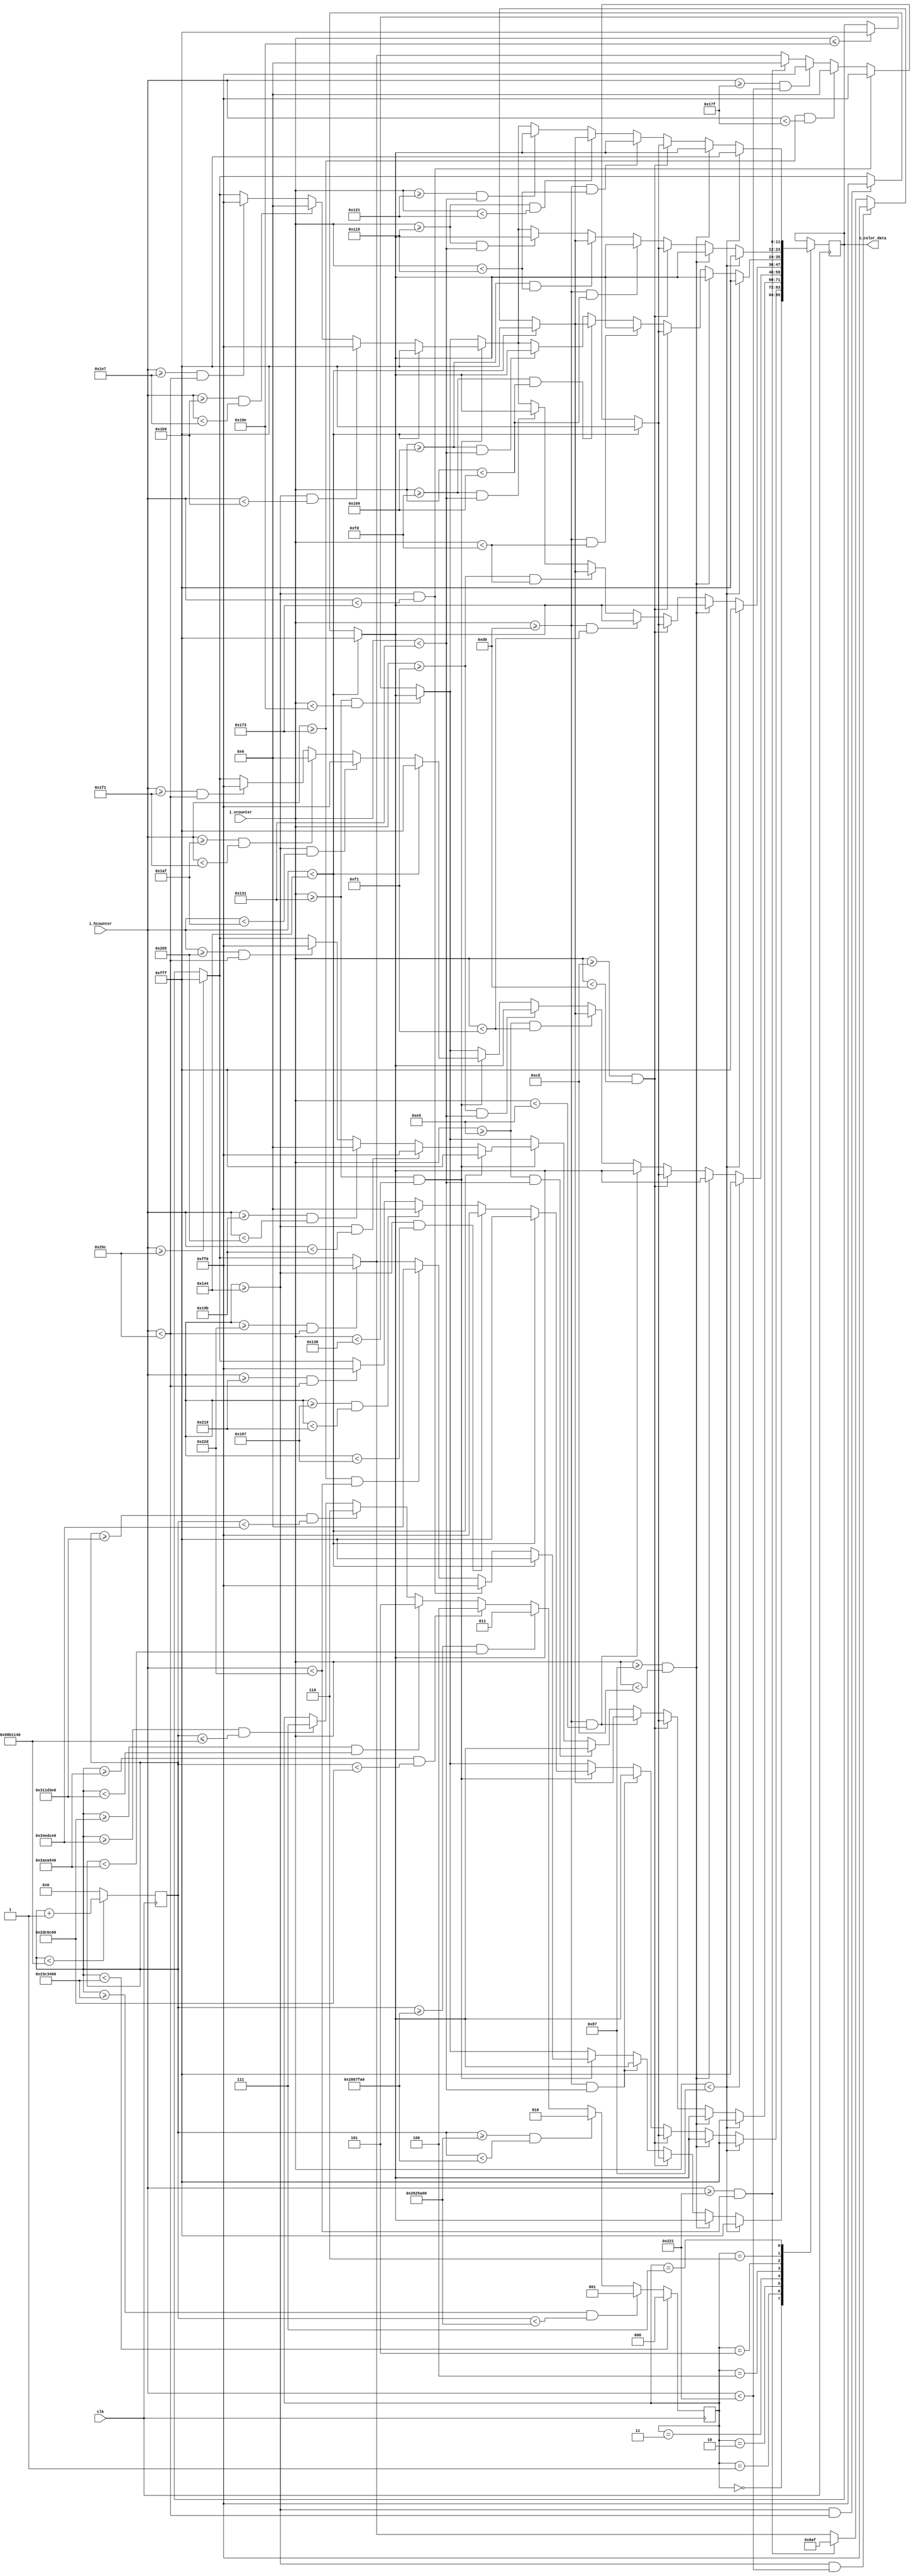
`timescale 1ns / 1ps
//////////////////////////////////////////////////////////////////////////////////
// Company: 
// Engineer: 
// 
// Design Name: 
// Module Name: sad
// Project Name: Emoji_Animation
// Target Devices: 
// Tool Versions: 
// Description: sad face animation
// 
// Dependencies: 25 MHz input clk
// 
// Revision:
// Revision 0.01 - File Created
// Additional Comments:
// 
//////////////////////////////////////////////////////////////////////////////////


module sad(
	input clk,                  // 25MHz
	input [9:0] i_hcounter,     // horizontal pixel counter
	input [9:0] i_vcounter,     // vertical pixel counter
	output [11:0] o_color_data  // color data bus
	);
	
	reg [31:0] clk_counter = 0;    // for keeping track of how long the frame is active
	reg [2:0] FRAME = 0;           // State
	reg [11:0] r_color = 12'h000;  // color of pixel (4 bits red, 4 bits green, 4 bits blue -- in that order)
	
	assign o_color_data = r_color;
	
  // each emoji animation has a number of frames (different from fps frames)
	localparam FRAME_1 = 3'b000;
	localparam FRAME_2 = 3'b001;
	localparam FRAME_3 = 3'b010;
	localparam FRAME_4 = 3'b011;
  localparam FRAME_5 = 3'b100;
  localparam FRAME_6 = 3'b101;
  localparam FRAME_7 = 3'b110;
  localparam FRAME_8 = 3'b111;
  
  // time in clock cycles to hold each frame still
  localparam FRAME_1_time = 37500000; // 0.5 sec
  localparam FRAME_2_time = 2500000; // 100 ms
  localparam FRAME_3_time = 2500000; // 100 ms
  localparam FRAME_4_time = 2500000; // 100 ms
  localparam FRAME_5_time = 3000000; 
  localparam FRAME_6_time = 3500000; 
  localparam FRAME_7_time = 4000000;
  localparam FRAME_8_time = 37500000; // 0.5 sec
  
  // total time in clock cycles of animation 
  localparam FRAME_total_time = FRAME_1_time + FRAME_2_time + FRAME_3_time + FRAME_4_time + FRAME_5_time + FRAME_6_time + FRAME_7_time + FRAME_8_time;
  
  // basic colors used in the animation
  localparam yellow = 12'hFF0;
  localparam black = 12'h000;
  localparam white = 12'hFFF;
  localparam blue = 12'h8AF;
	
  //////////////////////////////////////////////////////////////////////////////
  // frame timing
	always @ (posedge clk)
		begin 
			if (clk_counter < FRAME_total_time)
				clk_counter <= clk_counter + 1;
			else 
				clk_counter <= 0;
		end 
		
	always @ (posedge clk) 
		begin 
			if (clk_counter < FRAME_1_time)  
				FRAME <= FRAME_1;
			else if (clk_counter >= FRAME_1_time && clk_counter < (FRAME_1_time + FRAME_2_time)) 
				FRAME <= FRAME_2;
			else if (clk_counter >= (FRAME_1_time + FRAME_2_time) && clk_counter < (FRAME_1_time + FRAME_2_time + FRAME_3_time))  
				FRAME <= FRAME_3;
			else if (clk_counter >= (FRAME_1_time + FRAME_2_time + FRAME_3_time) && clk_counter < (FRAME_1_time + FRAME_2_time + FRAME_3_time + FRAME_4_time))
				FRAME <= FRAME_4;
      else if (clk_counter >= (FRAME_1_time + FRAME_2_time + FRAME_3_time + FRAME_4_time) && clk_counter < (FRAME_1_time + FRAME_2_time + FRAME_3_time + FRAME_4_time + FRAME_5_time))
				FRAME <= FRAME_5;
      else if (clk_counter >= (FRAME_1_time + FRAME_2_time + FRAME_3_time + FRAME_4_time + FRAME_5_time) && clk_counter < (FRAME_1_time + FRAME_2_time + FRAME_3_time + FRAME_4_time + FRAME_5_time + FRAME_6_time))
				FRAME <= FRAME_6;
      else if (clk_counter >= (FRAME_1_time + FRAME_2_time + FRAME_3_time + FRAME_4_time + FRAME_5_time + FRAME_6_time) && clk_counter < (FRAME_1_time + FRAME_2_time + FRAME_3_time + FRAME_4_time + FRAME_5_time + FRAME_6_time + FRAME_7_time))
				FRAME <= FRAME_7;
      else if (clk_counter >= (FRAME_1_time + FRAME_2_time + FRAME_3_time + FRAME_4_time + FRAME_5_time + FRAME_6_time + FRAME_7_time) && clk_counter <= (FRAME_total_time))
				FRAME <= FRAME_8;
		end 
  // end frame timing
  
  ///////////////////////////////////////////////////////////////////////////////
  // Frame state machine
	always @ (posedge clk)
		begin 
			case (FRAME)
				FRAME_1 : 
					begin 
						// SECTION 1.1 (TOP OF SCREEN)
						if (i_vcounter < 135)             
								r_color <= white;
						// END SECTION 1.1 (TOP OF SCREEN)
						
						// SECTION 1.2 (FOREHEAD)
						else if (i_vcounter >= 135 && i_vcounter < 205)
							begin 
								if (i_hcounter < 324) 
									r_color <= white;  
								else if (i_hcounter >= 324 && i_hcounter < 604) 
									r_color <= yellow;
								else if (i_hcounter >= 604)
									r_color <= white; 
							end  
						// END SECTION 1.2 (FOREHEAD)
						
						// SECTION 1.3 (EYES)
						else if (i_vcounter >= 205 && i_vcounter < 217)
							begin 
								if (i_hcounter < 324)
									r_color <= white;
								else if (i_hcounter >= 324 && i_hcounter < 371)
									r_color <= yellow;
								else if (i_hcounter >= 371 && i_hcounter < 383)
									r_color <= black;
								else if (i_hcounter >= 383 && i_hcounter < 545)
									r_color <= yellow;
								else if (i_hcounter >= 545 && i_hcounter < 557)
									r_color <= black; 
								else if (i_hcounter >= 557 && i_hcounter < 604)
									r_color <= yellow;
								else if (i_hcounter >= 604)
									r_color <= white;
							end  
						// END SECTION 1.3 (EYES)
						
						// SECTION 1.4 (MIDDLE OF FACE)
						else if (i_vcounter >= 217 && i_vcounter < 305)
							begin
								if (i_hcounter < 324)
									r_color <= white;
								else if (i_hcounter >= 324 && i_hcounter < 604)
									r_color <= yellow;
								else if (i_hcounter >= 604)
									r_color <= white;
							end 
						// END SECTION 1.4 (MIDDLE OF FACE)
						
						// SECTION 1.5 (MOUTH)
						else if (i_vcounter >= 305 && i_vcounter < 310)
							begin
								if (i_hcounter < 324)
									r_color <= white;
								else if (i_hcounter >= 324 && i_hcounter < 371)
									r_color <= yellow;
								else if (i_hcounter >= 371 && i_hcounter < 557)
									r_color <= black;
								else if (i_hcounter >= 557 && i_hcounter < 604)
									r_color <= yellow;
								else if (i_hcounter >= 604)
									r_color <= white;
							end  
						// END SECTION 1.5 (MOUTH)
						
						// SECTION 1.6 (CHIN)
						else if (i_vcounter >= 305 && i_vcounter < 414)
							begin
								if (i_hcounter < 324)
									r_color <= white;
								else if (i_hcounter >= 324 && i_hcounter < 604)
									r_color <= yellow;
								else if (i_hcounter >= 604)
									r_color <= white;
							end  
						// END SECTION 1.6 (CHIN)
						
						// SECTION 1.7 (BOTTOM OF SCREEN)
						else if (i_vcounter <= 414)
							r_color <= white;
						// END SECTION 1.7 (BOTTOM OF SCREEN)
					end  // FRAME_1
          
        FRAME_2 : 
					begin 
						// SECTION 2.1 (TOP OF SCREEN)
						if (i_vcounter < 135)             
								r_color <= white;
						// END SECTION 2.1 (TOP OF SCREEN)
						
						// SECTION 2.2 (FOREHEAD)
						else if (i_vcounter >= 135 && i_vcounter < 205)
							begin 
								if (i_hcounter < 324) 
									r_color <= white;  
								else if (i_hcounter >= 324 && i_hcounter < 604) 
									r_color <= yellow;
								else if (i_hcounter >= 604)
									r_color <= white; 
							end  
						// END SECTION 2.2 (FOREHEAD)
						
						// SECTION 2.3 (EYES)
						else if (i_vcounter >= 205 && i_vcounter < 217)
							begin 
								if (i_hcounter < 324)
									r_color <= white;
								else if (i_hcounter >= 324 && i_hcounter < 371)
									r_color <= yellow;
								else if (i_hcounter >= 371 && i_hcounter < 383)
									r_color <= black;
								else if (i_hcounter >= 383 && i_hcounter < 545)
									r_color <= yellow;
								else if (i_hcounter >= 545 && i_hcounter < 557)
									r_color <= black; 
								else if (i_hcounter >= 557 && i_hcounter < 604)
									r_color <= yellow;
								else if (i_hcounter >= 604)
									r_color <= white;
							end  
						// END SECTION 2.3 (EYES)
						
						// SECTION 2.4 (MIDDLE OF FACE)
						else if (i_vcounter >= 217 && i_vcounter < 305)
							begin
								if (i_hcounter < 324)
									r_color <= white;
								else if (i_hcounter >= 324 && i_hcounter < 604)
									r_color <= yellow;
								else if (i_hcounter >= 604)
									r_color <= white;
							end 
						// END SECTION 2.4 (MIDDLE OF FACE)
						
						// SECTION 2.5 (MOUTH)
						else if (i_vcounter >= 305 && i_vcounter < 310)
							begin
								if (i_hcounter < 324)
									r_color <= white;
								else if (i_hcounter >= 324 && i_hcounter < 391)
									r_color <= yellow;
								else if (i_hcounter >= 391 && i_hcounter < 537)
									r_color <= black;
								else if (i_hcounter >= 537 && i_hcounter < 604)
									r_color <= yellow;
								else if (i_hcounter >= 604)
									r_color <= white;
							end  
						// END SECTION 2.5 (MOUTH)
						
						// SECTION 2.6 (CHIN)
						else if (i_vcounter >= 305 && i_vcounter < 414)
							begin
								if (i_hcounter < 324)
									r_color <= white;
								else if (i_hcounter >= 324 && i_hcounter < 604)
									r_color <= yellow;
								else if (i_hcounter >= 604)
									r_color <= white;
							end  
						// END SECTION 2.6 (CHIN)
						
						// SECTION 2.7 (BOTTOM OF SCREEN)
						else if (i_vcounter <= 414)
							r_color <= white;
						// END SECTION 2.7 (BOTTOM OF SCREEN)
					end  // FRAME_2
          
          FRAME_3 : 
					begin 
						// SECTION 3.1 (TOP OF SCREEN)
						if (i_vcounter < 135)             
								r_color <= white;
						// END SECTION 3.1 (TOP OF SCREEN)
						
						// SECTION 3.2 (FOREHEAD)
						else if (i_vcounter >= 135 && i_vcounter < 205)
							begin 
								if (i_hcounter < 324) 
									r_color <= white;  
								else if (i_hcounter >= 324 && i_hcounter < 604) 
									r_color <= yellow;
								else if (i_hcounter >= 604)
									r_color <= white; 
							end  
						// END SECTION 3.2 (FOREHEAD)
						
						// SECTION 3.3 (EYES)
						else if (i_vcounter >= 205 && i_vcounter < 217)
							begin 
								if (i_hcounter < 324)
									r_color <= white;
								else if (i_hcounter >= 324 && i_hcounter < 371)
									r_color <= yellow;
								else if (i_hcounter >= 371 && i_hcounter < 383)
									r_color <= black;
								else if (i_hcounter >= 383 && i_hcounter < 545)
									r_color <= yellow;
								else if (i_hcounter >= 545 && i_hcounter < 557)
									r_color <= black; 
								else if (i_hcounter >= 557 && i_hcounter < 604)
									r_color <= yellow;
								else if (i_hcounter >= 604)
									r_color <= white;
							end  
						// END SECTION 3.3 (EYES)
            
            // SECTION 3.4 (TEAR)
            else if (i_vcounter >= 217 && i_vcounter < 229)
              begin 
                if (i_hcounter < 324)
                  r_color <= white;
                else if (i_hcounter >= 324 && i_hcounter < 545)
                  r_color <= yellow;
                else if (i_hcounter >= 545 && i_hcounter < 557)
                  r_color <= blue;
                else if (i_hcounter >= 557 && i_hcounter < 604)
									r_color <= yellow;
								else if (i_hcounter >= 604)
									r_color <= white;
              end 
            // END SECTION 3.4 (TEAR)
						
						// SECTION 3.5 (MIDDLE OF FACE)
						else if (i_vcounter >= 229 && i_vcounter < 305)
							begin
								if (i_hcounter < 324)
									r_color <= white;
								else if (i_hcounter >= 324 && i_hcounter < 604)
									r_color <= yellow;
								else if (i_hcounter >= 604)
									r_color <= white;
							end 
						// END SECTION 3.5 (MIDDLE OF FACE)
						
						// SECTION 3.6 (MOUTH)
						else if (i_vcounter >= 305 && i_vcounter < 310)
							begin
								if (i_hcounter < 324)
									r_color <= white;
								else if (i_hcounter >= 324 && i_hcounter < 411)
									r_color <= yellow;
								else if (i_hcounter >= 411 && i_hcounter < 517)
									r_color <= black;
								else if (i_hcounter >= 517 && i_hcounter < 604)
									r_color <= yellow;
								else if (i_hcounter >= 604)
									r_color <= white;
							end  
						// END SECTION 3.6 (MOUTH)
						
						// SECTION 3.7 (CHIN)
						else if (i_vcounter >= 305 && i_vcounter < 414)
							begin
								if (i_hcounter < 324)
									r_color <= white;
								else if (i_hcounter >= 324 && i_hcounter < 604)
									r_color <= yellow;
								else if (i_hcounter >= 604)
									r_color <= white;
							end  
						// END SECTION 3.7 (CHIN)
						
						// SECTION 3.8 (BOTTOM OF SCREEN)
						else if (i_vcounter <= 414)
							r_color <= white;
						// END SECTION 3.8 (BOTTOM OF SCREEN)
					end  // FRAME_3
          
          FRAME_4 : 
					begin 
						// SECTION 4.1 (TOP OF SCREEN)
						if (i_vcounter < 135)             
								r_color <= white;
						// END SECTION 4.1 (TOP OF SCREEN)
						
						// SECTION 4.2 (FOREHEAD)
						else if (i_vcounter >= 135 && i_vcounter < 205)
							begin 
								if (i_hcounter < 324) 
									r_color <= white;  
								else if (i_hcounter >= 324 && i_hcounter < 604) 
									r_color <= yellow;
								else if (i_hcounter >= 604)
									r_color <= white; 
							end  
						// END SECTION 4.2 (FOREHEAD)
						
						// SECTION 4.3 (EYES)
						else if (i_vcounter >= 205 && i_vcounter < 217)
							begin 
								if (i_hcounter < 324)
									r_color <= white;
								else if (i_hcounter >= 324 && i_hcounter < 371)
									r_color <= yellow;
								else if (i_hcounter >= 371 && i_hcounter < 383)
									r_color <= black;
								else if (i_hcounter >= 383 && i_hcounter < 545)
									r_color <= yellow;
								else if (i_hcounter >= 545 && i_hcounter < 557)
									r_color <= black; 
								else if (i_hcounter >= 557 && i_hcounter < 604)
									r_color <= yellow;
								else if (i_hcounter >= 604)
									r_color <= white;
							end  
						// END SECTION 4.3 (EYES)
            
            // SECTION 4.4 (PART OF FACE ABOVE TEAR)
            else if (i_vcounter >= 217 && i_vcounter < 229)
              begin
								if (i_hcounter < 324)
									r_color <= white;
								else if (i_hcounter >= 324 && i_hcounter < 604)
									r_color <= yellow;
								else if (i_hcounter >= 604)
									r_color <= white;
							end 
            // END SECTION 4.4 (PART OF FACE ABOVE TEAR)  
            
            // SECTION 4.5 (TEAR)
            else if (i_vcounter >= 229 && i_vcounter < 241)
              begin 
                if (i_hcounter < 324)
                  r_color <= white;
                else if (i_hcounter >= 324 && i_hcounter < 545)
                  r_color <= yellow;
                else if (i_hcounter >= 545 && i_hcounter < 557)
                  r_color <= blue;
                else if (i_hcounter >= 557 && i_hcounter < 604)
									r_color <= yellow;
								else if (i_hcounter >= 604)
									r_color <= white;
              end 
            // END SECTION 4.5 (TEAR)
						
						// SECTION 4.6 (MIDDLE OF FACE)
						else if (i_vcounter >= 241 && i_vcounter < 305)
							begin
								if (i_hcounter < 324)
									r_color <= white;
								else if (i_hcounter >= 324 && i_hcounter < 604)
									r_color <= yellow;
								else if (i_hcounter >= 604)
									r_color <= white;
							end 
						// END SECTION 4.6 (MIDDLE OF FACE)
						
						// SECTION 4.7 (MOUTH)
						else if (i_vcounter >= 305 && i_vcounter < 310)
							begin
								if (i_hcounter < 324)
									r_color <= white;
								else if (i_hcounter >= 324 && i_hcounter < 431)
									r_color <= yellow;
								else if (i_hcounter >= 431 && i_hcounter < 497)
									r_color <= black;
								else if (i_hcounter >= 497 && i_hcounter < 604)
									r_color <= yellow;
								else if (i_hcounter >= 604)
									r_color <= white;
							end  
						// END SECTION 4.7 (MOUTH)
						
						// SECTION 4.8 (CHIN)
						else if (i_vcounter >= 305 && i_vcounter < 414)
							begin
								if (i_hcounter < 324)
									r_color <= white;
								else if (i_hcounter >= 324 && i_hcounter < 604)
									r_color <= yellow;
								else if (i_hcounter >= 604)
									r_color <= white;
							end  
						// END SECTION 4.8 (CHIN)
						
						// SECTION 4.9 (BOTTOM OF SCREEN)
						else if (i_vcounter <= 414)
							r_color <= white;
						// END SECTION 4.9 (BOTTOM OF SCREEN)
					end  // FRAME_4
          
          FRAME_5 : 
					begin 
						// SECTION 5.1 (TOP OF SCREEN)
						if (i_vcounter < 135)             
								r_color <= white;
						// END SECTION 5.1 (TOP OF SCREEN)
						
						// SECTION 5.2 (FOREHEAD)
						else if (i_vcounter >= 135 && i_vcounter < 205)
							begin 
								if (i_hcounter < 324) 
									r_color <= white;  
								else if (i_hcounter >= 324 && i_hcounter < 604) 
									r_color <= yellow;
								else if (i_hcounter >= 604)
									r_color <= white; 
							end  
						// END SECTION 5.2 (FOREHEAD)
						
						// SECTION 5.3 (EYES)
						else if (i_vcounter >= 205 && i_vcounter < 217)
							begin 
								if (i_hcounter < 324)
									r_color <= white;
								else if (i_hcounter >= 324 && i_hcounter < 371)
									r_color <= yellow;
								else if (i_hcounter >= 371 && i_hcounter < 383)
									r_color <= black;
								else if (i_hcounter >= 383 && i_hcounter < 545)
									r_color <= yellow;
								else if (i_hcounter >= 545 && i_hcounter < 557)
									r_color <= black; 
								else if (i_hcounter >= 557 && i_hcounter < 604)
									r_color <= yellow;
								else if (i_hcounter >= 604)
									r_color <= white;
							end  
						// END SECTION 5.3 (EYES)
            
            // SECTION 5.4 (PART OF FACE ABOVE TEAR)
            else if (i_vcounter >= 217 && i_vcounter < 241)
              begin
								if (i_hcounter < 324)
									r_color <= white;
								else if (i_hcounter >= 324 && i_hcounter < 604)
									r_color <= yellow;
								else if (i_hcounter >= 604)
									r_color <= white;
							end 
            // END SECTION 5.4 (PART OF FACE ABOVE TEAR)  
            
            // SECTION 5.5 (TEAR)
            else if (i_vcounter >= 241 && i_vcounter < 253)
              begin 
                if (i_hcounter < 324)
                  r_color <= white;
                else if (i_hcounter >= 324 && i_hcounter < 545)
                  r_color <= yellow;
                else if (i_hcounter >= 545 && i_hcounter < 557)
                  r_color <= blue;
                else if (i_hcounter >= 557 && i_hcounter < 604)
									r_color <= yellow;
								else if (i_hcounter >= 604)
									r_color <= white;
              end 
            // END SECTION 5.5 (TEAR)
						
						// SECTION 5.6 (MIDDLE OF FACE)
						else if (i_vcounter >= 253 && i_vcounter < 305)
							begin
								if (i_hcounter < 324)
									r_color <= white;
								else if (i_hcounter >= 324 && i_hcounter < 604)
									r_color <= yellow;
								else if (i_hcounter >= 604)
									r_color <= white;
							end 
						// END SECTION 5.6 (MIDDLE OF FACE)
						
						// SECTION 5.7 (MOUTH)
						else if (i_vcounter >= 305 && i_vcounter < 310)
							begin
								if (i_hcounter < 324)
									r_color <= white;
								else if (i_hcounter >= 324 && i_hcounter < 441)
									r_color <= yellow;
								else if (i_hcounter >= 441 && i_hcounter < 487)
									r_color <= black;
								else if (i_hcounter >= 487 && i_hcounter < 604)
									r_color <= yellow;
								else if (i_hcounter >= 604)
									r_color <= white;
							end  
						// END SECTION 5.7 (MOUTH)
						
						// SECTION 5.8 (CHIN)
						else if (i_vcounter >= 305 && i_vcounter < 414)
							begin
								if (i_hcounter < 324)
									r_color <= white;
								else if (i_hcounter >= 324 && i_hcounter < 604)
									r_color <= yellow;
								else if (i_hcounter >= 604)
									r_color <= white;
							end  
						// END SECTION 5.8 (CHIN)
						
						// SECTION 5.9 (BOTTOM OF SCREEN)
						else if (i_vcounter <= 414)
							r_color <= white;
						// END SECTION 5.9 (BOTTOM OF SCREEN)
					end  // FRAME_5
          
          FRAME_6 : 
					begin 
						// SECTION 6.1 (TOP OF SCREEN)
						if (i_vcounter < 135)             
								r_color <= white;
						// END SECTION 6.1 (TOP OF SCREEN)
						
						// SECTION 6.2 (FOREHEAD)
						else if (i_vcounter >= 135 && i_vcounter < 205)
							begin 
								if (i_hcounter < 324) 
									r_color <= white;  
								else if (i_hcounter >= 324 && i_hcounter < 604) 
									r_color <= yellow;
								else if (i_hcounter >= 604)
									r_color <= white; 
							end  
						// END SECTION 6.2 (FOREHEAD)
						
						// SECTION 6.3 (EYES)
						else if (i_vcounter >= 205 && i_vcounter < 217)
							begin 
								if (i_hcounter < 324)
									r_color <= white;
								else if (i_hcounter >= 324 && i_hcounter < 371)
									r_color <= yellow;
								else if (i_hcounter >= 371 && i_hcounter < 383)
									r_color <= black;
								else if (i_hcounter >= 383 && i_hcounter < 545)
									r_color <= yellow;
								else if (i_hcounter >= 545 && i_hcounter < 557)
									r_color <= black; 
								else if (i_hcounter >= 557 && i_hcounter < 604)
									r_color <= yellow;
								else if (i_hcounter >= 604)
									r_color <= white;
							end  
						// END SECTION 6.3 (EYES)
            
            // SECTION 6.4 (PART OF FACE ABOVE TEAR)
            else if (i_vcounter >= 217 && i_vcounter < 253)
              begin
								if (i_hcounter < 324)
									r_color <= white;
								else if (i_hcounter >= 324 && i_hcounter < 604)
									r_color <= yellow;
								else if (i_hcounter >= 604)
									r_color <= white;
							end 
            // END SECTION 6.4 (PART OF FACE ABOVE TEAR)  
            
            // SECTION 6.5 (TEAR)
            else if (i_vcounter >= 253 && i_vcounter < 265)
              begin 
                if (i_hcounter < 324)
                  r_color <= white;
                else if (i_hcounter >= 324 && i_hcounter < 545)
                  r_color <= yellow;
                else if (i_hcounter >= 545 && i_hcounter < 557)
                  r_color <= blue;
                else if (i_hcounter >= 557 && i_hcounter < 604)
									r_color <= yellow;
								else if (i_hcounter >= 604)
									r_color <= white;
              end 
            // END SECTION 6.5 (TEAR)
						
						// SECTION 6.6 (MIDDLE OF FACE)
						else if (i_vcounter >= 265 && i_vcounter < 305)
							begin
								if (i_hcounter < 324)
									r_color <= white;
								else if (i_hcounter >= 324 && i_hcounter < 604)
									r_color <= yellow;
								else if (i_hcounter >= 604)
									r_color <= white;
							end 
						// END SECTION 6.6 (MIDDLE OF FACE)
						
						// SECTION 6.7 (MOUTH)
						else if (i_vcounter >= 305 && i_vcounter < 310)
							begin
								if (i_hcounter < 324)
									r_color <= white;
								else if (i_hcounter >= 324 && i_hcounter < 441)
									r_color <= yellow;
								else if (i_hcounter >= 441 && i_hcounter < 487)
									r_color <= black;
								else if (i_hcounter >= 487 && i_hcounter < 604)
									r_color <= yellow;
								else if (i_hcounter >= 604)
									r_color <= white;
							end  
						// END SECTION 6.7 (MOUTH)
						
						// SECTION 6.8 (CHIN)
						else if (i_vcounter >= 305 && i_vcounter < 414)
							begin
								if (i_hcounter < 324)
									r_color <= white;
								else if (i_hcounter >= 324 && i_hcounter < 604)
									r_color <= yellow;
								else if (i_hcounter >= 604)
									r_color <= white;
							end  
						// END SECTION 6.8 (CHIN)
						
						// SECTION 6.9 (BOTTOM OF SCREEN)
						else if (i_vcounter <= 414)
							r_color <= white;
						// END SECTION 6.9 (BOTTOM OF SCREEN)
					end  // FRAME_6
          
          FRAME_7 : 
					begin 
						// SECTION 7.1 (TOP OF SCREEN)
						if (i_vcounter < 135)             
								r_color <= white;
						// END SECTION 7.1 (TOP OF SCREEN)
						
						// SECTION 7.2 (FOREHEAD)
						else if (i_vcounter >= 135 && i_vcounter < 205)
							begin 
								if (i_hcounter < 324) 
									r_color <= white;  
								else if (i_hcounter >= 324 && i_hcounter < 604) 
									r_color <= yellow;
								else if (i_hcounter >= 604)
									r_color <= white; 
							end  
						// END SECTION 7.2 (FOREHEAD)
						
						// SECTION 7.3 (EYES)
						else if (i_vcounter >= 205 && i_vcounter < 217)
							begin 
								if (i_hcounter < 324)
									r_color <= white;
								else if (i_hcounter >= 324 && i_hcounter < 371)
									r_color <= yellow;
								else if (i_hcounter >= 371 && i_hcounter < 383)
									r_color <= black;
								else if (i_hcounter >= 383 && i_hcounter < 545)
									r_color <= yellow;
								else if (i_hcounter >= 545 && i_hcounter < 557)
									r_color <= black; 
								else if (i_hcounter >= 557 && i_hcounter < 604)
									r_color <= yellow;
								else if (i_hcounter >= 604)
									r_color <= white;
							end  
						// END SECTION 7.3 (EYES)
            
            // SECTION 7.4 (PART OF FACE ABOVE TEAR)
            else if (i_vcounter >= 217 && i_vcounter < 265)
              begin
								if (i_hcounter < 324)
									r_color <= white;
								else if (i_hcounter >= 324 && i_hcounter < 604)
									r_color <= yellow;
								else if (i_hcounter >= 604)
									r_color <= white;
							end 
            // END SECTION 7.4 (PART OF FACE ABOVE TEAR)  
            
            // SECTION 7.5 (TEAR)
            else if (i_vcounter >= 265 && i_vcounter < 277)
              begin 
                if (i_hcounter < 324)
                  r_color <= white;
                else if (i_hcounter >= 324 && i_hcounter < 545)
                  r_color <= yellow;
                else if (i_hcounter >= 545 && i_hcounter < 557)
                  r_color <= blue;
                else if (i_hcounter >= 557 && i_hcounter < 604)
									r_color <= yellow;
								else if (i_hcounter >= 604)
									r_color <= white;
              end 
            // END SECTION 7.5 (TEAR)
						
						// SECTION 7.6 (MIDDLE OF FACE)
						else if (i_vcounter >= 277 && i_vcounter < 305)
							begin
								if (i_hcounter < 324)
									r_color <= white;
								else if (i_hcounter >= 324 && i_hcounter < 604)
									r_color <= yellow;
								else if (i_hcounter >= 604)
									r_color <= white;
							end 
						// END SECTION 7.6 (MIDDLE OF FACE)
						
						// SECTION 7.7 (MOUTH)
						else if (i_vcounter >= 305 && i_vcounter < 310)
							begin
								if (i_hcounter < 324)
									r_color <= white;
								else if (i_hcounter >= 324 && i_hcounter < 441)
									r_color <= yellow;
								else if (i_hcounter >= 441 && i_hcounter < 487)
									r_color <= black;
								else if (i_hcounter >= 487 && i_hcounter < 604)
									r_color <= yellow;
								else if (i_hcounter >= 604)
									r_color <= white;
							end  
						// END SECTION 7.7 (MOUTH)
						
						// SECTION 7.8 (CHIN)
						else if (i_vcounter >= 305 && i_vcounter < 414)
							begin
								if (i_hcounter < 324)
									r_color <= white;
								else if (i_hcounter >= 324 && i_hcounter < 604)
									r_color <= yellow;
								else if (i_hcounter >= 604)
									r_color <= white;
							end  
						// END SECTION 7.8 (CHIN)
						
						// SECTION 7.9 (BOTTOM OF SCREEN)
						else if (i_vcounter <= 414)
							r_color <= white;
						// END SECTION 7.9 (BOTTOM OF SCREEN)
					end  // FRAME_7
          
          FRAME_8 : 
					begin 
						// SECTION 8.1 (TOP OF SCREEN)
						if (i_vcounter < 135)             
								r_color <= white;
						// END SECTION 8.1 (TOP OF SCREEN)
						
						// SECTION 8.2 (FOREHEAD)
						else if (i_vcounter >= 135 && i_vcounter < 205)
							begin 
								if (i_hcounter < 324) 
									r_color <= white;  
								else if (i_hcounter >= 324 && i_hcounter < 604) 
									r_color <= yellow;
								else if (i_hcounter >= 604)
									r_color <= white; 
							end  
						// END SECTION 8.2 (FOREHEAD)
						
						// SECTION 8.3 (EYES)
						else if (i_vcounter >= 205 && i_vcounter < 217)
							begin 
								if (i_hcounter < 324)
									r_color <= white;
								else if (i_hcounter >= 324 && i_hcounter < 371)
									r_color <= yellow;
								else if (i_hcounter >= 371 && i_hcounter < 383)
									r_color <= black;
								else if (i_hcounter >= 383 && i_hcounter < 545)
									r_color <= yellow;
								else if (i_hcounter >= 545 && i_hcounter < 557)
									r_color <= black; 
								else if (i_hcounter >= 557 && i_hcounter < 604)
									r_color <= yellow;
								else if (i_hcounter >= 604)
									r_color <= white;
							end  
						// END SECTION 8.3 (EYES)
            
            // SECTION 8.4 (PART OF FACE ABOVE TEAR)
            else if (i_vcounter >= 217 && i_vcounter < 277)
              begin
								if (i_hcounter < 324)
									r_color <= white;
								else if (i_hcounter >= 324 && i_hcounter < 604)
									r_color <= yellow;
								else if (i_hcounter >= 604)
									r_color <= white;
							end 
            // END SECTION 8.4 (PART OF FACE ABOVE TEAR)  
            
            // SECTION 8.5 (TEAR)
            else if (i_vcounter >= 277 && i_vcounter < 289)
              begin 
                if (i_hcounter < 324)
                  r_color <= white;
                else if (i_hcounter >= 324 && i_hcounter < 545)
                  r_color <= yellow;
                else if (i_hcounter >= 545 && i_hcounter < 557)
                  r_color <= blue;
                else if (i_hcounter >= 557 && i_hcounter < 604)
									r_color <= yellow;
								else if (i_hcounter >= 604)
									r_color <= white;
              end 
            // END SECTION 8.5 (TEAR)
						
						// SECTION 8.6 (MIDDLE OF FACE)
						else if (i_vcounter >= 289 && i_vcounter < 305)
							begin
								if (i_hcounter < 324)
									r_color <= white;
								else if (i_hcounter >= 324 && i_hcounter < 604)
									r_color <= yellow;
								else if (i_hcounter >= 604)
									r_color <= white;
							end 
						// END SECTION 8.6 (MIDDLE OF FACE)
						
						// SECTION 8.7 (MOUTH)
						else if (i_vcounter >= 305 && i_vcounter < 310)
							begin
								if (i_hcounter < 324)
									r_color <= white;
								else if (i_hcounter >= 324 && i_hcounter < 441)
									r_color <= yellow;
								else if (i_hcounter >= 441 && i_hcounter < 487)
									r_color <= black;
								else if (i_hcounter >= 487 && i_hcounter < 604)
									r_color <= yellow;
								else if (i_hcounter >= 604)
									r_color <= white;
							end  
						// END SECTION 8.7 (MOUTH)
						
						// SECTION 8.8 (CHIN)
						else if (i_vcounter >= 305 && i_vcounter < 414)
							begin
								if (i_hcounter < 324)
									r_color <= white;
								else if (i_hcounter >= 324 && i_hcounter < 604)
									r_color <= yellow;
								else if (i_hcounter >= 604)
									r_color <= white;
							end  
						// END SECTION 8.8 (CHIN)
						
						// SECTION 8.9 (BOTTOM OF SCREEN)
						else if (i_vcounter <= 414)
							r_color <= white;
						// END SECTION 8.9 (BOTTOM OF SCREEN)
					end  // FRAME_8
        
          default :
					begin 
						r_color <= white;
					end  // default 
			endcase
		end  // always
endmodule